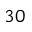
3 0